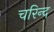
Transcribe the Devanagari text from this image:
चरिन्द